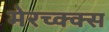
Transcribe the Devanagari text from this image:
मेरच्क्क्स